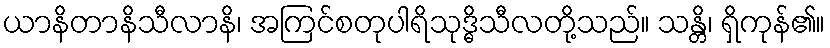
ယာနိတာနိသီလာနိ၊ အကြင်စတုပါရိသုဒ္ဓိသီလတို့သည်။ သန္တိ၊ ရှိကုန်၏။